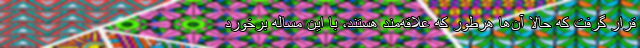
قرار گرفت که حالا آن‌ها هرطور که علاقه‌مند هستند، با این مساله برخورد